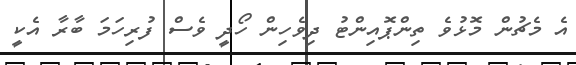
އެ މެޗުން މޮޅުވެ ތިންޕޮއިންޓު ދިވެހިން ހޯދީ ވެސް ފުރިހަމަ ބާރާ އެކީ